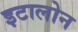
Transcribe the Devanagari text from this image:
इटालोन